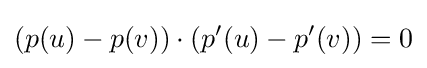
(p(u)-p(v))\cdot (p'(u)-p'(v))=0